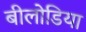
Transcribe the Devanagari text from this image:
बीलोडिया